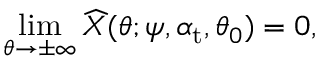
\operatorname* { l i m } _ { \theta \rightarrow \pm \infty } \widehat { X } ( \theta ; \psi , \alpha _ { \mathrm { { t } } } , \theta _ { 0 } ) = 0 ,